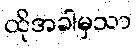
ထိုအခါမှသာ